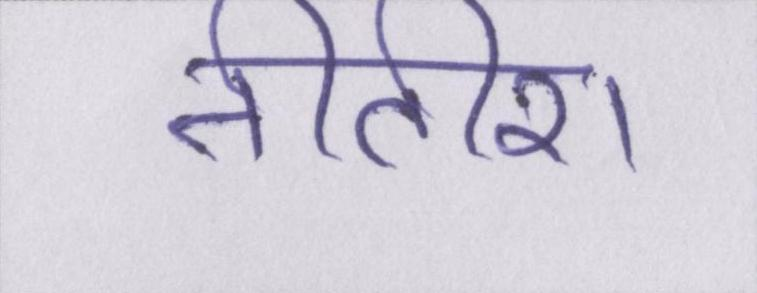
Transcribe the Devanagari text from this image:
नीतीश